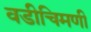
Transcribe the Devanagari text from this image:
वडीचिमणी